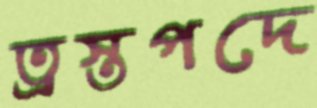
ত্রস্তপদে